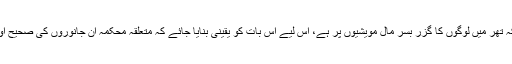
ایڈیشنل سیشن جج نے بتایا ہے کہ تھر میں لوگوں کا گزر بسر مال مویشیوں پر ہے، اس لیے اس بات کو یقینی بنایا جائے کہ متعلقہ محکمہ ان جانوروں کی صحیح اور مقررہ وقت پر ویکیسن کرے۔